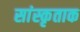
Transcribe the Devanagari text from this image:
सांस्कृताक